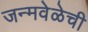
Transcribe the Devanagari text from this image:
जन्मवेळेची